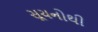
સૂચનોથી